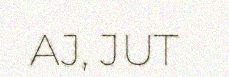
AJ, JUT